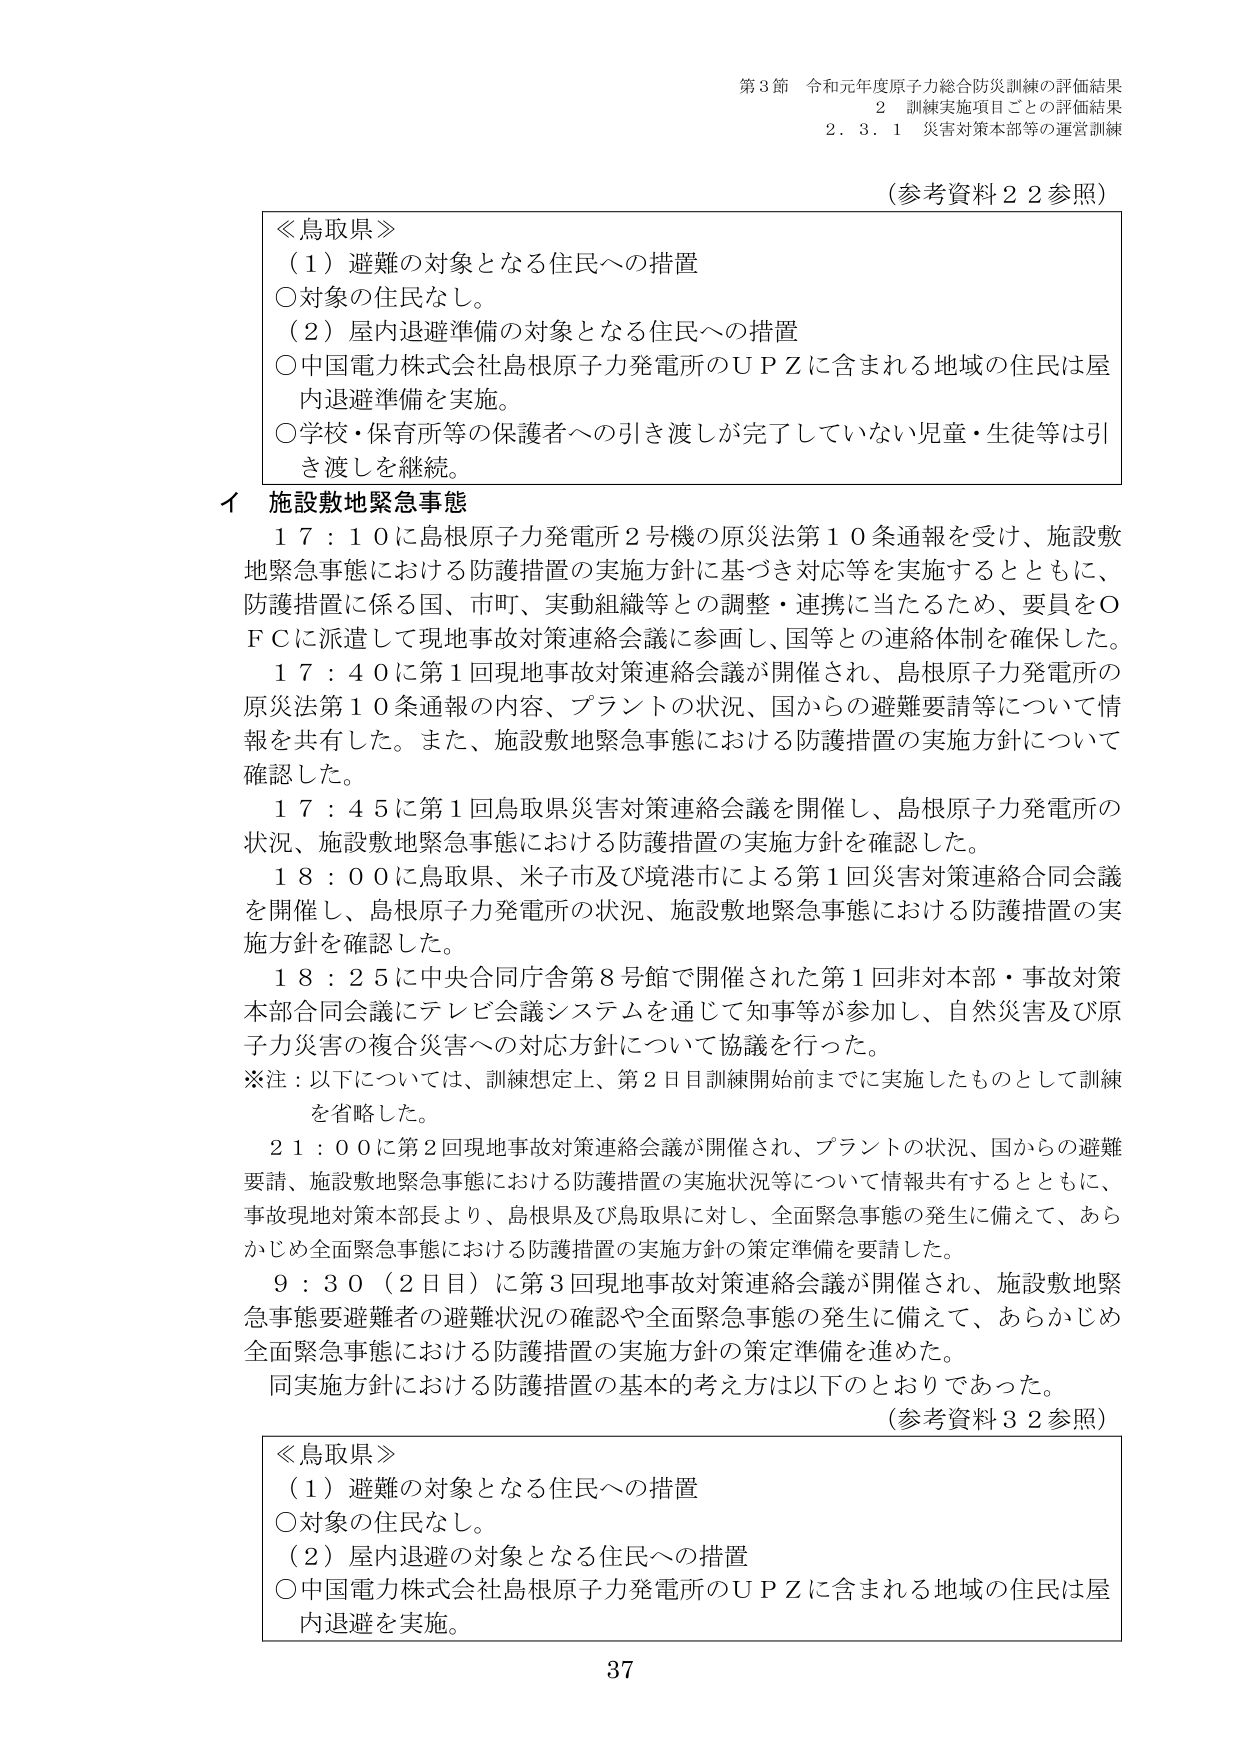
第3節 令和元年度原子力総合防災訓練の評価結果
2 訓練実施項目ごとの評価結果
2.3.1 災害対策本部等の運営訓練

（参考資料22参照）

≪鳥取県≫
（1）避難の対象となる住民への措置
○対象の住民なし。
（2）屋内退避準備の対象となる住民への措置
○中国電力株式会社島根原子力発電所のＵＰＺに含まれる地域の住民は屋内退避準備を実施。
○学校・保育所等の保護者への引き渡しが完了していない児童・生徒等は引き渡しを継続。

イ 施設敷地緊急事態
17：10に島根原子力発電所2号機の原災法第10条通報を受け、施設敷地緊急事態における防護措置の実施方針に基づき対応等を実施するとともに、防護措置に係る国、市町、実動組織等との調整・連携に当たるため、要員をＯＦＣに派遣して現地事故対策連絡会議に参画し、国等との連絡体制を確保した。
17：40に第1回現地事故対策連絡会議が開催され、島根原子力発電所の原災法第10条通報の内容、プラントの状況、国からの避難要請等について情報を共有した。また、施設敷地緊急事態における防護措置の実施方針について確認した。
17：45に第1回鳥取県災害対策連絡会議を開催し、島根原子力発電所の状況、施設敷地緊急事態における防護措置の実施方針を確認した。
18：00に鳥取県、米子市及び境港市による第1回災害対策連絡合同会議を開催し、島根原子力発電所の状況、施設敷地緊急事態における防護措置の実施方針を確認した。
18：25に中央合同庁舎第8号館で開催された第1回非対本部・事故対策本部合同会議にテレビ会議システムを通じて知事等が参加し、自然災害及び原子力災害の複合災害への対応方針について協議を行った。
※注：以下については、訓練想定上、第2日目訓練開始前までに実施したものとして訓練を省略した。
21：00に第2回現地事故対策連絡会議が開催され、プラントの状況、国からの避難要請、施設敷地緊急事態における防護措置の実施状況等について情報共有するとともに、事故現地対策本部長より、島根県及び鳥取県に対し、全面緊急事態の発生に備えて、あらかじめ全面緊急事態における防護措置の実施方針の策定準備を要請した。
9：30（2日目）に第3回現地事故対策連絡会議が開催され、施設敷地緊急事態要避難者の避難状況の確認や全面緊急事態の発生に備えて、あらかじめ全面緊急事態における防護措置の実施方針の策定準備を進めた。
同実施方針における防護措置の基本的考え方は以下のとおりであった。
（参考資料32参照）

≪鳥取県≫
（1）避難の対象となる住民への措置
○対象の住民なし。
（2）屋内退避の対象となる住民への措置
○中国電力株式会社島根原子力発電所のＵＰＺに含まれる地域の住民は屋内退避を実施。

37